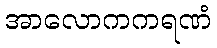
အာလောကကရဏံ